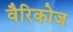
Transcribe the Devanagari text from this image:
वैरिकोज